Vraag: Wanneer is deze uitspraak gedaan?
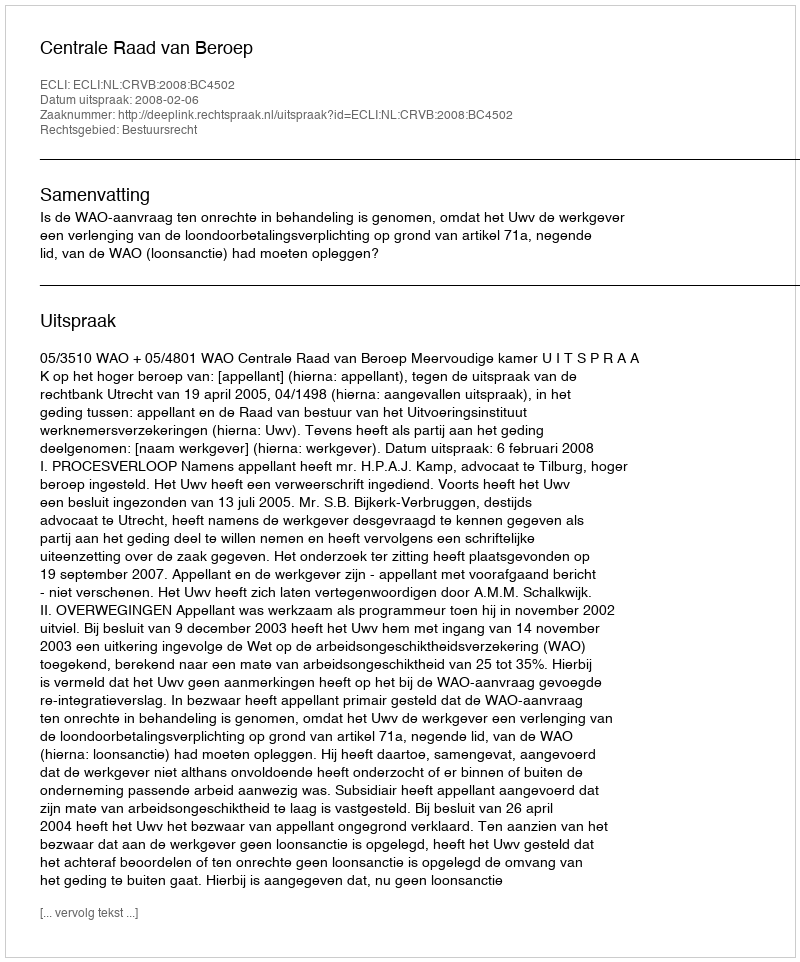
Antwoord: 2008-02-06